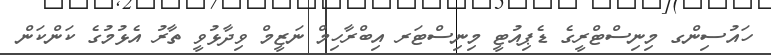
ހައުސިންގ މިނިސްޓްރީގެ ޑެޕިއުޓީ މިނިސްޓަރ އިބްރާހިމް ނަޒީމް ވިދާޅުވީ ތާރު އެޅުމުގެ ކަންކަން